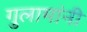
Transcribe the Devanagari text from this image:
गुलामांनी